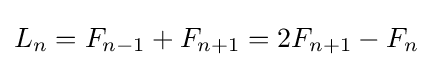
L_{n}=F_{n-1}+F_{n+1}=2F_{n+1}-F_{n}